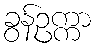
ခွန်ဥက္ကာ